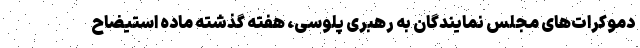
دموکرات‌های مجلس نمایندگان به رهبری پلوسی، هفته گذشته ماده استیضاح